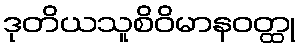
ဒုတိယသူစိဝိမာနဝတ္ထု